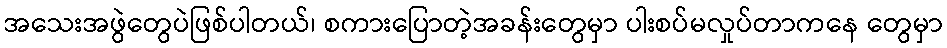
အသေးအဖွဲတွေပဲဖြစ်ပါတယ်၊ စကားပြောတဲ့အခန်းတွေမှာ ပါးစပ်မလှုပ်တာကနေ တွေမှာ